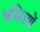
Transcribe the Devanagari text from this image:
धमिनयों